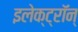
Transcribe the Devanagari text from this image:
इलेक्ट्रॉन्